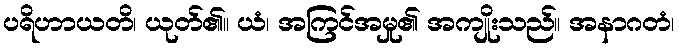
ပရိဟာယတိ၊ ယုတ်၏။ ယံ၊ အကြင်အမှု၏ အကျိုးသည်။ အနာဂတံ၊